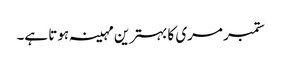
ستمبر مری کا بہترین مہینہ ہوتا ہے۔